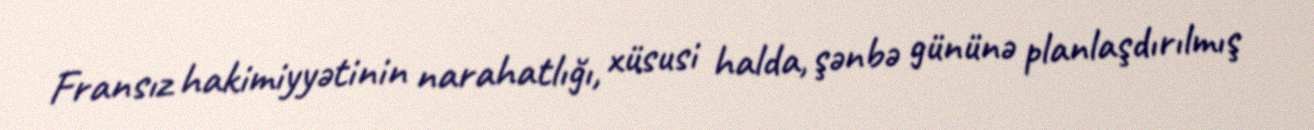
Fransız hakimiyyətinin narahatlığı, xüsusi halda, şənbə gününə planlaşdırılmış